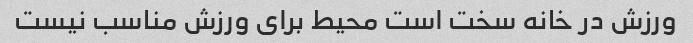
ورزش در خانه سخت است محیط برای ورزش مناسب نیست